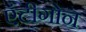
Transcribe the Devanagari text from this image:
एंटीगोन